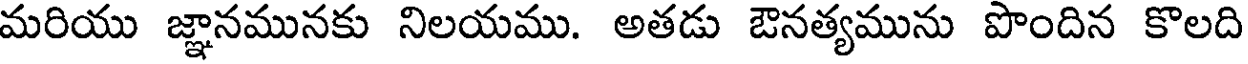
మరియు జ్ఞానమునకు నిలయము. అతడు ఔనత్యమును పొందిన కొలది